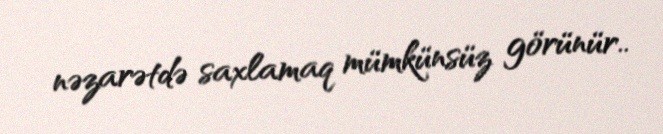
nəzarətdə saxlamaq mümkünsüz görünür..